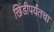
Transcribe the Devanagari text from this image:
खिंडीपर्यंतचा